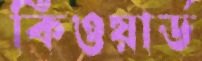
কিওয়ার্ড